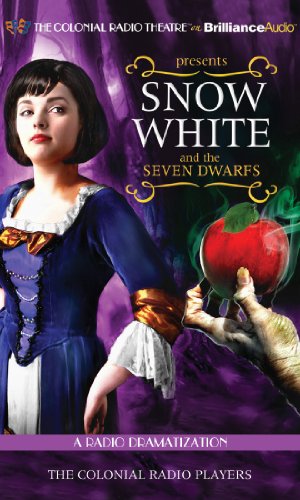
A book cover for Snow White and the Seven Dwarfs: A Radio Dramatization; Brothers Grimm; Literature & Fiction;